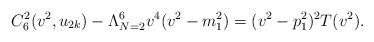
LaTeX: \begin{align*}C_{6}^{2}(v^{2}, u_{2k}) - \Lambda_{N=2}^{6} v^{4}(v^{2} - m_1^2) = (v^{2} - p_1^{2})^{2}T(v^2).\end{align*}